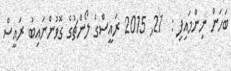
ބަހަން ނިންމައިފި :  21